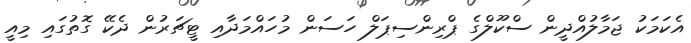
އެކަމަކު ޖަމާލުއްދީން ސްކޫލްގެ ޕްރިންސިޕަލް ހަސަން މުހައްމަދާއި ޓީޗަރުން ދެކޭ ގޮތުގައި މިއީ